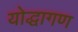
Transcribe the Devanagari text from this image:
योद्धागण